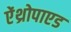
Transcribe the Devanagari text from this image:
ऐंथ्रोपाएड